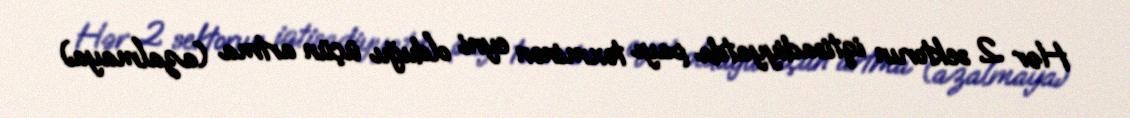
Hər 2 sektorun iqtisadiyyatda payı təxminən eyni olduğu üçün artma (azalmaya)